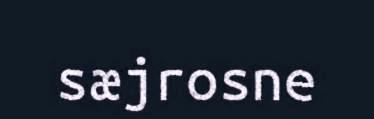
sæjrosne